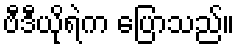
ဗီဒီယိုရဲက ပြောသည်။